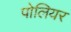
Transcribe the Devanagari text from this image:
पोलियर